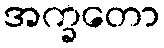
အက္ခတော